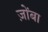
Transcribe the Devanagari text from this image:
ज़ोंबा